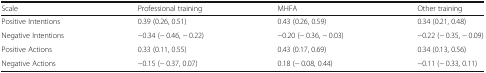
| Scale | Professional training | MHFA | Other training |
 | --- | --- | --- | --- |
 | Positive Intentions | 0.39 (0.26, 0.51) | 0.43 (0.26, 0.59) | 0.34 (0.21, 0.48) |
 | Negative Intentions | −0.34 (− 0.46, − 0.22) | −0.20 (− 0.36, − 0.03) | −0.22 (− 0.35, − 0.09) |
 | Positive Actions | 0.33 (0.11, 0.55) | 0.43 (0.17, 0.69) | 0.34 (0.13, 0.56) |
 | Negative Actions | −0.15 (− 0.37, 0.07) | 0.18 (− 0.08, 0.44) | −0.11 (− 0.33, 0.11) |